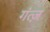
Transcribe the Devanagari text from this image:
गंत्ज़